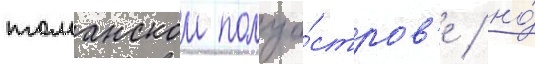
таманском полуо́стров'е / но́